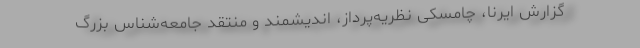
گزارش ایرنا، چامسکی نظریه‌پرداز، اندیشمند و منتقد جامعه‌شناس بزرگ